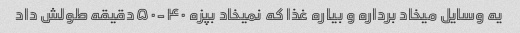
یه وسایل میخاد برداره و بیاره غذا که نمیخاد بپزه ۴۰-۵۰دقیقه طولش داد